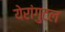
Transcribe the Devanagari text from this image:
येरांगुटल